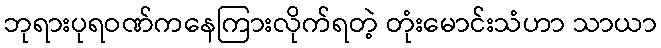
ဘုရားပုရဝဏ်ကနေကြားလိုက်ရတဲ့ တုံးမောင်းသံဟာ သာယာ